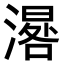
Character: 𣽞